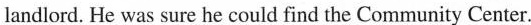
landlord. He was sure he could find the Community Center.